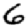
Digit: 6